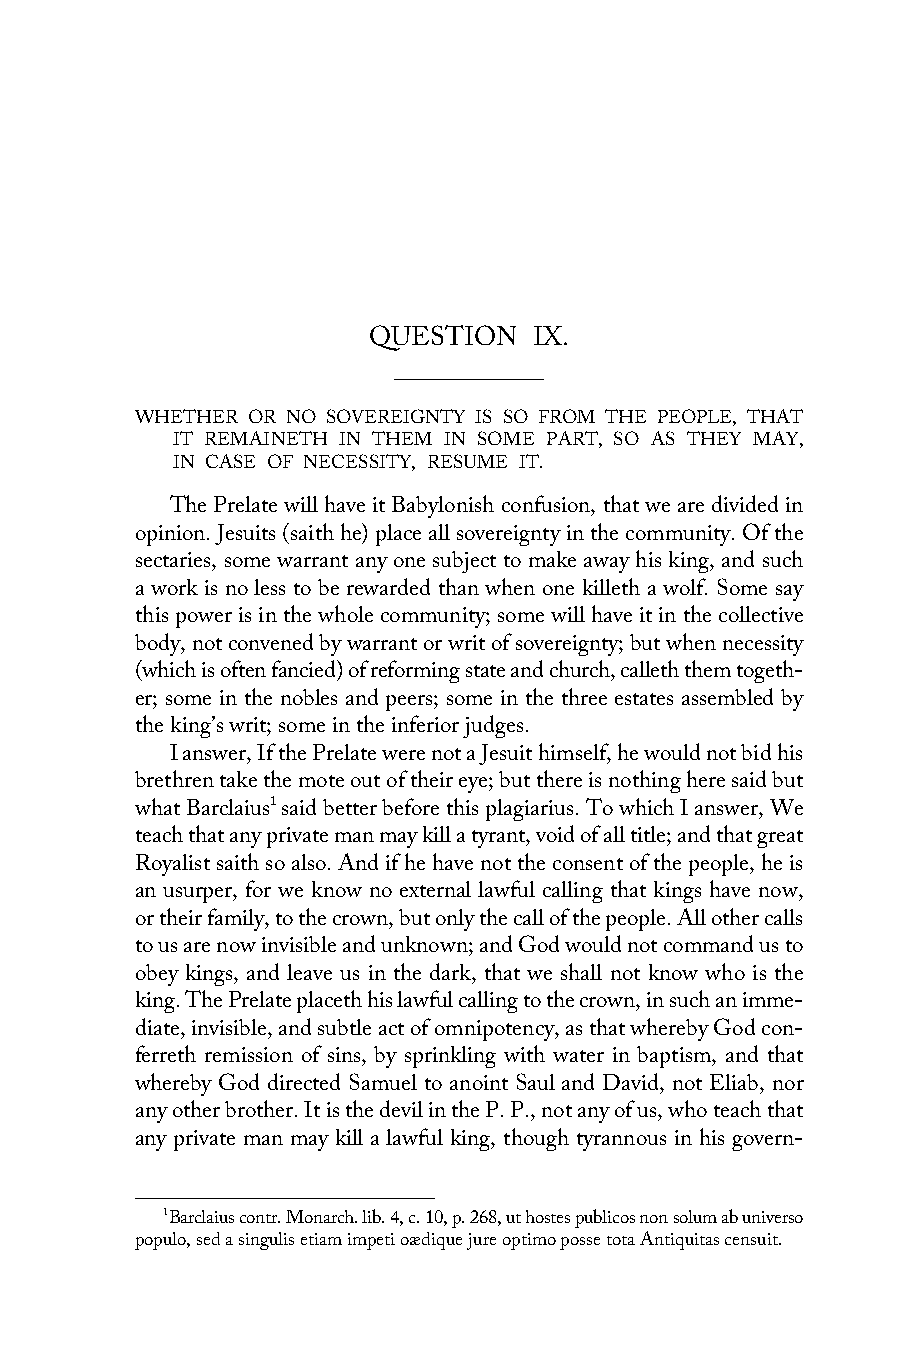
QUESTION   IX.
 WHETHER OR NO SOVEREIGNTY IS SO FROM THE PEOPLE, THAT
 IT REMAINETH IN THEM IN SOME PART, SO AS THEY MAY,
 IN CASE OF NECESSITY, RESUME IT.
 The Prelate will have it Babylonish confusion, that we are divided in
 opinion. Jesuits (saith he) place all sovereignty in the community. Of the
 sectaries, some warrant any one subject to make away his king, and such
 a work is no less to be rewarded than when one killeth a wolf. Some say
 this power is in the whole community; some will have it in the collective
 body, not convened by warrant or writ of sovereignty; but when necessity
 (which is often fancied) of reforming state and church, calleth them togeth-
 er; some in the nobles and peers; some in the three estates assembled by
 the king’s writ; some in the inferior judges.
 I answer, If the Prelate were not a Jesuit himself, he would not bid his
 brethren take the mote out of their eye; but there is nothing here said but
 what Barclaius1 said better before this plagiarius. To which I answer, We
 teach that any private man may kill a tyrant, void of all title; and that great
 Royalist saith so also. And if he have not the consent of the people, he is
 an usurper, for we know no external lawful calling that kings have now,
 or their family, to the crown, but only the call of the people. All other calls
 to us are now invisible and unknown; and God would not command us to
 obey kings, and leave us in the dark, that we shall not know who is the
 king. The Prelate placeth his lawful calling to the crown, in such an imme-
 diate, invisible, and subtle act of omnipotency, as that whereby God con-
 ferreth remission of sins, by sprinkling with water in baptism, and that
 whereby God directed Samuel to anoint Saul and David, not Eliab, nor
 any other brother. It is the devil in the P. P., not any of us, who teach that
 any private man may kill a lawful king, though tyrannous in his govern-
 1Barclaius contr. Monarch. lib. 4, c. 10, p. 268, ut hostes publicos non solum ab universo
 populo, sed a singulis etiam impeti oædique jure optimo posse tota Antiquitas censuit.